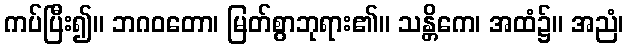
ကပ်ပြီး၍။ ဘဂဝတော၊ မြတ်စွာဘုရား၏။ သန္တိကေ၊ အထံ၌။ အညံ၊